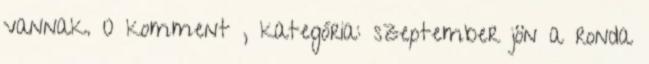
vannak. 0 komment , kategória: szeptember jön a ronda